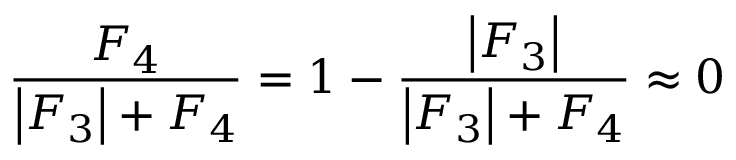
\frac { F _ { 4 } } { \left| F _ { 3 } \right| + F _ { 4 } } = 1 - \frac { \left| F _ { 3 } \right| } { \left| F _ { 3 } \right| + F _ { 4 } } \approx 0